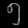
Digit: ၅